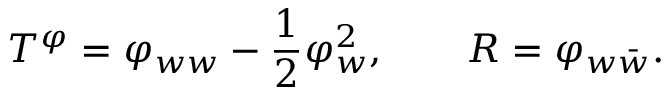
T ^ { \varphi } = \varphi _ { w w } - { \frac { 1 } { 2 } } \varphi _ { w } ^ { 2 } , \qquad R = \varphi _ { w \bar { w } } .